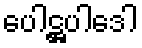
ပေါဋ္ဌပါဒေါ